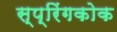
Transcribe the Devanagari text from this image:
स्प्रिंगकोक